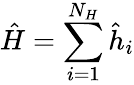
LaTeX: \hat{H}=\sum_{i=1}^{N_{H}}\hat{h}_{i}